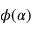
\phi ( \alpha )